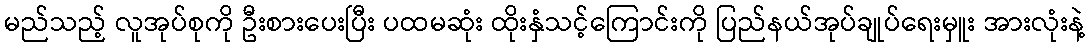
မည်သည့် လူအုပ်စုကို ဦးစားပေးပြီး ပထမဆုံး ထိုးနှံသင့်ကြောင်းကို ပြည်နယ်အုပ်ချုပ်ရေးမှူး အားလုံးနဲ့